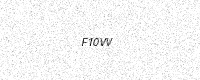
Text: F10VV